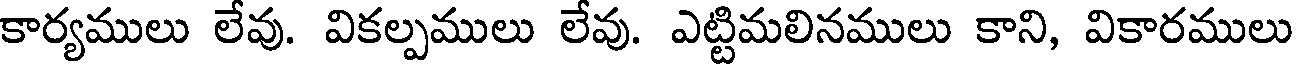
కార్యములు లేవు. వికల్పములు లేవు. ఎట్టిమలినములు కాని, వికారములు